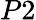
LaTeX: P2